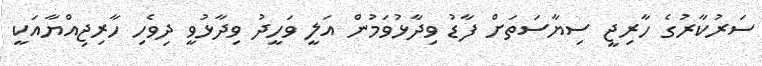
ސަރުކާރުގެ ހާރިޖީ ސިޔާސަތަށް ފާޑު ވިދާޅުވަމުން އަލީ ވަހީދު ވިދާޅުވީ ދިވެހި ހާރިޖިއްޔާއަކީ